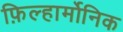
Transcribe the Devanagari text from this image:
फ़िल्हार्मोनिक